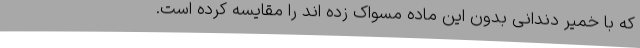
که با خمیر دندانی بدون این ماده مسواک زده اند را مقایسه کرده است.